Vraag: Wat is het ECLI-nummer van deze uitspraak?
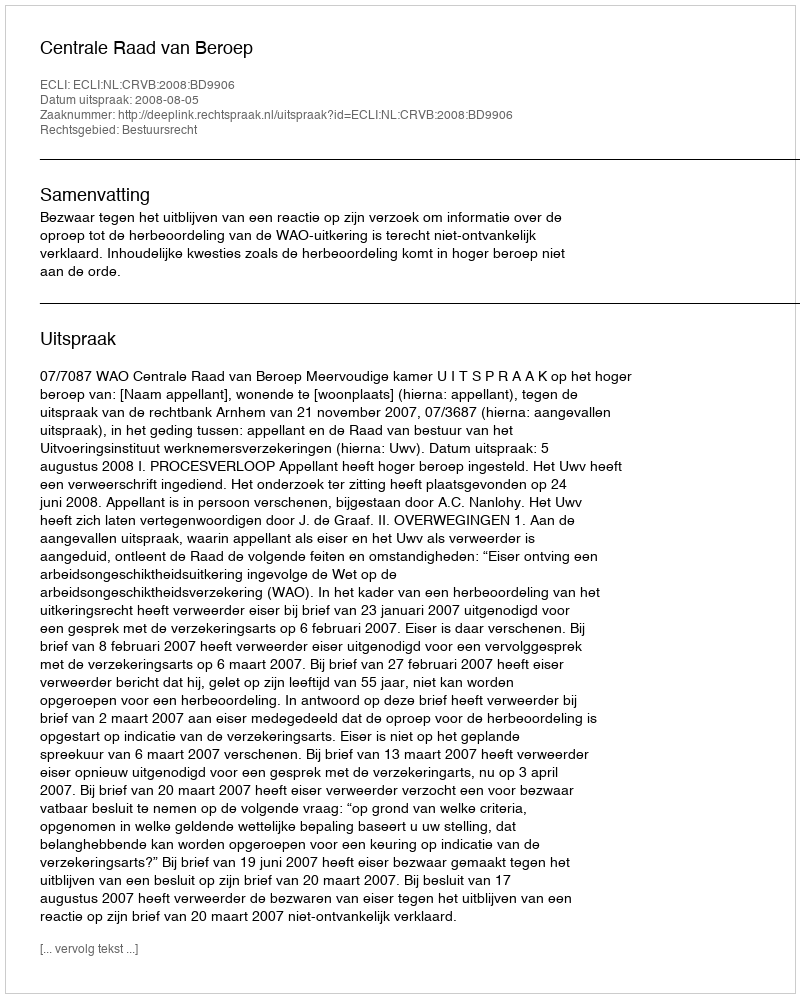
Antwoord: ECLI:NL:CRVB:2008:BD9906